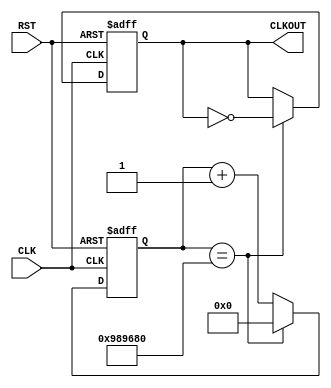
`timescale 1ns / 1ps
//////////////////////////////////////////////////////////////////////////////////
// Company: Digilent Inc.
// 
// Module Name:    ClkDiv_5Hz
// Project Name: 	 PmodACL_Demo
// Target Devices: Nexys3
// Tool versions:  ISE 14.1
// Description: Converts input 100MHz clock signal to a 5Hz clock signal.
//
// Revision History: 
// 						Revision 0.01 - File Created (Josh Sackos)
//////////////////////////////////////////////////////////////////////////////////

// ====================================================================================
// 										  Define Module
// ====================================================================================
module ClkDiv_5Hz(
		CLK,
		RST,
		CLKOUT
);

// ====================================================================================
// 										Port Declarations
// ====================================================================================
   input            CLK;		// 100MHz onboard clock
   input            RST;		// Reset
   output           CLKOUT;	// New clock output
   
   
// ====================================================================================
// 							   Parameters, Registers, and Wires
// ====================================================================================
   reg CLKOUT;
	
   // Current count value
   reg [23:0]       clkCount = 24'h000000;
   // Value to toggle output clock at
   parameter [23:0] cntEndVal = 24'h989680;
   
//  ===================================================================================
// 							  				Implementation
//  ===================================================================================
   
		//------------------------------------------------
		//	5Hz Clock Divider Generates Send/Receive signal
		//------------------------------------------------
		always @(posedge CLK or posedge RST)
			
			// Reset clock
			if (RST == 1'b1) begin
					CLKOUT <= 1'b0;
					clkCount <= 24'h000000;
			end
			else begin
					if (clkCount == cntEndVal) begin
						CLKOUT <= (~CLKOUT);
						clkCount <= 24'h000000;
					end
					else begin
						clkCount <= clkCount + 1'b1;
					end
			end
   
endmodule